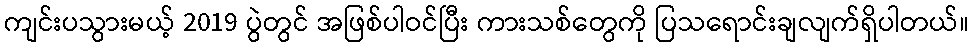
ကျင်းပသွားမယ့် 2019 ပွဲတွင် အဖြစ်ပါဝင်ပြီး ကားသစ်တွေကို ပြသရောင်းချလျက်ရှိပါတယ်။